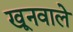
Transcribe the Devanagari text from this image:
खूनवाले